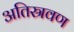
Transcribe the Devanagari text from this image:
अतिस्रवण